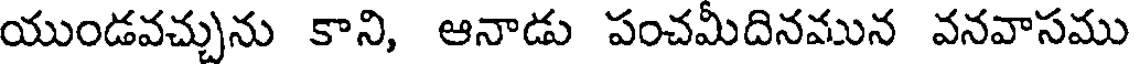
యుండవచ్చును కాని, ఆనాడు పంచమీదినమున వనవాసము